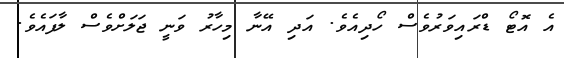
އެ އޮޓޯ ޑްރައިވަރުވެސް ހޯދިއެވެ. އަދި އޭނާ މިހާރު ވަނީ ޖަލަށްވެސް ލާފައެވެ.